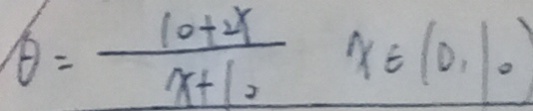
/ \theta = \frac { 1 0 + 2 x } { x + 1 0 } x \in ( 0 , 1 0